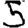
Digit: 5